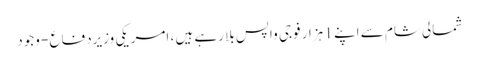
شمالی شام سے اپنے 1 ہزار فوجی واپس بلا رہے ہیں ، امریکی وزیردفاع - وجود